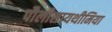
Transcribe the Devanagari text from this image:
पौलीसायथीमिया